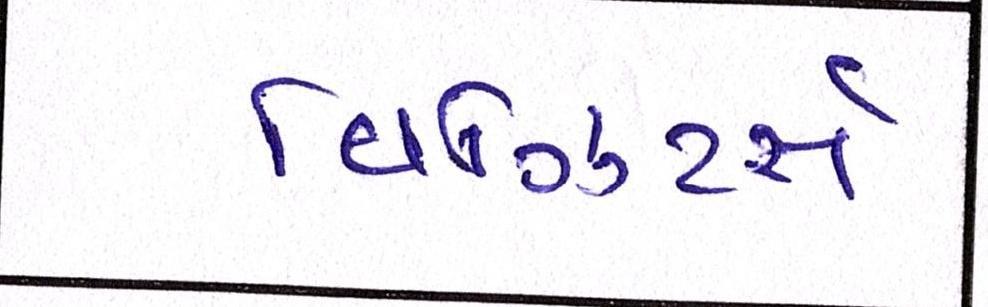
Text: વિઝિટર્સ